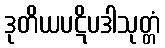
ဒုတိယပဋိပဒါသုတ္တံ